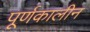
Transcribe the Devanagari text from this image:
पूर्णकालीन